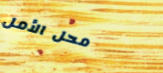
محل الأمل